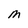
Character: M